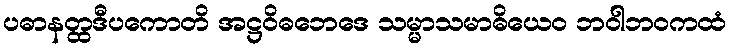
ပဓာနတ္ထဒီပကောတိ အဋ္ဌဝိဓဘေဒေ သမ္မာသမာဓိယေဝ ဘဝါဘဝကထံ